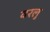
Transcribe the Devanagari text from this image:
वरलु